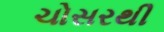
ચોસરથી